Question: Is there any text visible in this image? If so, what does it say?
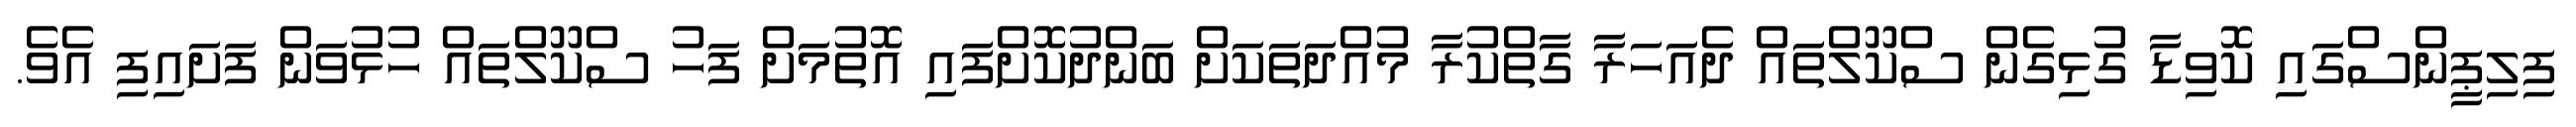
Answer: ފިލިޕީންސްގައި ކޮވިޑާ ގުޅިގެން ސްކޫލްތައް ދެއަހަރާ ގާތްކުރާ މުއްދަތަކަށް ބަންދުކޮށްފައި އޮތުމަށް ފަހު ސްކޫލްތައް ހުޅުވަން ފަށައިފި އެވެ.